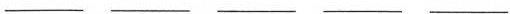
___ ___ ___ ___ ___